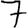
Digit: 7